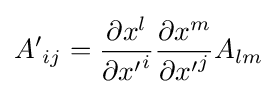
{A'}_{ij}={\frac {\partial x^{l}}{\partial {x'}^{i}}}{\frac {\partial x^{m}}{\partial {x'}^{j}}}A_{lm}